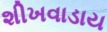
શીખવાડાય